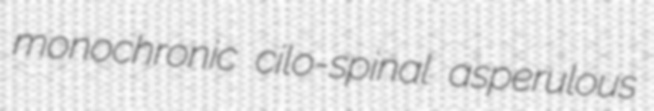
monochronic cilo-spinal asperulous